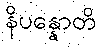
နိပန္နောတိ